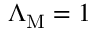
\Lambda _ { \mathrm { M } } = 1